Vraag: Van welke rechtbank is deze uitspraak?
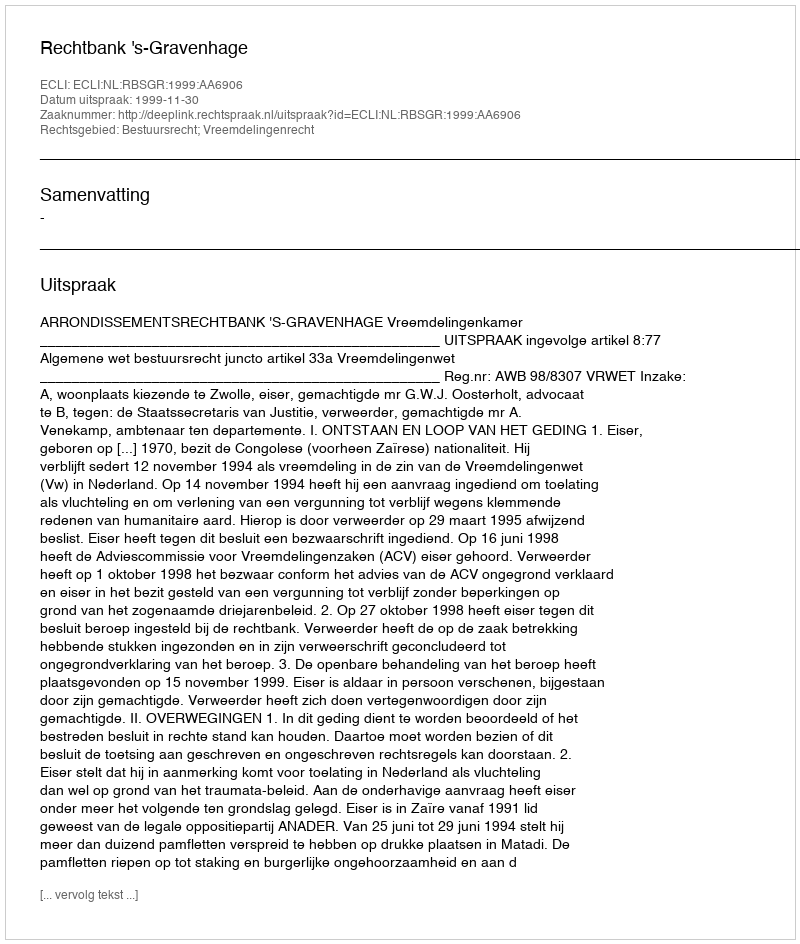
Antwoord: Rechtbank 's-Gravenhage